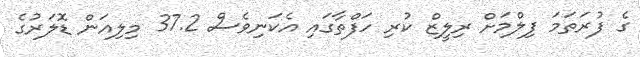
ގެ ފުރަތަމަ ފިލްމަށް ރިލީޒް ކުރި ހަފްތާގައި އެކަނިވެސް 37.2 މިލިއަން ޑޮލަރުގެ